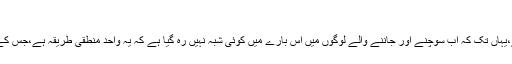
"( Clearer Thinking, p.113 )
"ڈارون کے بعد سے نظریہ ارتقاء دن بدن زیادہ قبولیت حاصل کرتا رہا ہے،یہاں تک کہ اب سوچنے اور جاننے والے لوگوں میں اس بارے میں کوئی شبہ نہیں رہ گیا ہے کہ یہ واحد منطقی طریقہ ہے،جس کے تحت عمل تخلیق کی توجیہہ ہوسکتی ہے،اور اس کو سمجھاجاسکتا ہے۔